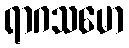
ရာဂသမော